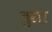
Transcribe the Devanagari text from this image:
तुग्रा